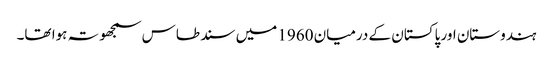
ہندوستان اور پاکستان کے درمیان 1960 میں سند طاس سمجھوتہ ہوا تھا۔